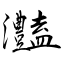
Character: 灎